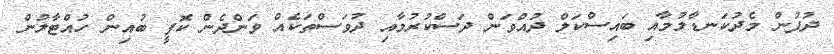
ދުފުން މެދުކަނޑާލުމާއި ބައިސްކަލް ދުއްވަން ދަސްކުރުމާއި ދުވަސްތަކެއް ވަންދެން ކޮފީ ބުއިން ހުއްޓާލުން